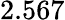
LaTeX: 2.567